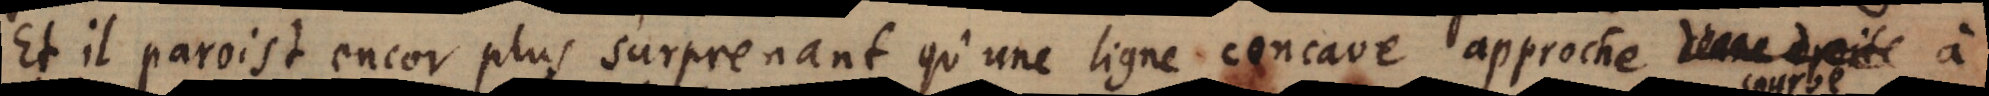
Et il paroist encor plus surprenant qu’une ligne concave approche dene droite à